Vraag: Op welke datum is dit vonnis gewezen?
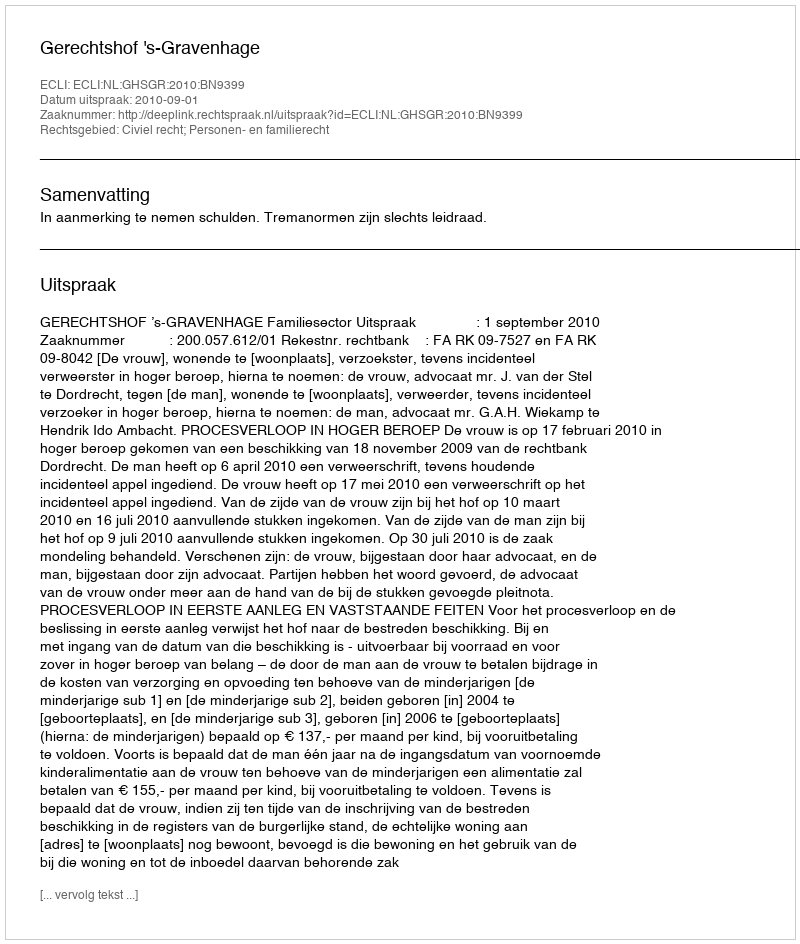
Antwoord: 2010-09-01